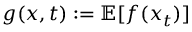
g ( x , t ) : = \mathbb { E } [ f ( x _ { t } ) ]